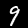
Digit: 9